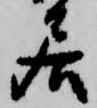
居